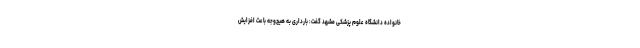
خانواده دانشگاه علوم پزشکی مشهد گفت: بارداری به هیچ‌وجه باعث افزایش